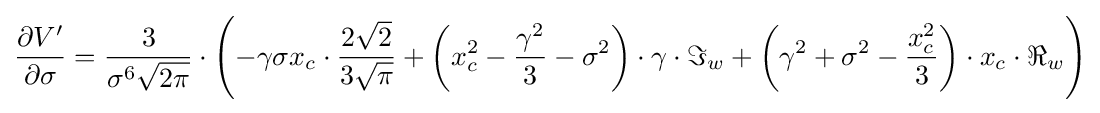
{\begin{aligned}{\frac {\partial V'}{\partial \sigma }}={\frac {3}{\sigma ^{6}{\sqrt {2\pi }}}}\cdot \left(-\gamma \sigma x_{c}\cdot {\frac {2{\sqrt {2}}}{3{\sqrt {\pi }}}}+\left(x_{c}^{2}-{\frac {\gamma ^{2}}{3}}-\sigma ^{2}\right)\cdot \gamma \cdot \Im _{w}+\left(\gamma ^{2}+\sigma ^{2}-{\frac {x_{c}^{2}}{3}}\right)\cdot x_{c}\cdot \Re _{w}\right)\end{aligned}}